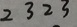
2 3 2 3